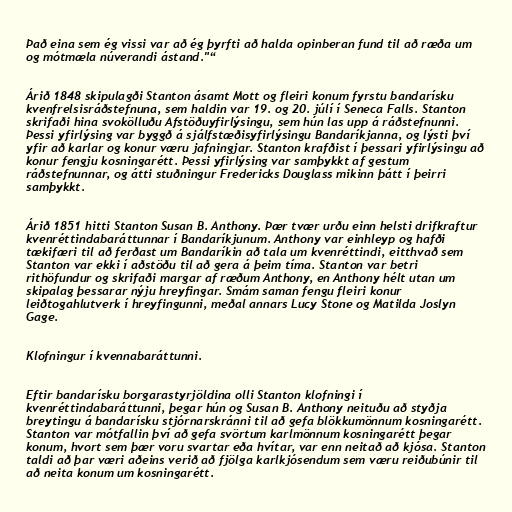
Það eina sem ég vissi var að ég þyrfti að halda opinberan fund til að ræða um
og mótmæla núverandi ástand."“

Árið 1848 skipulagði Stanton ásamt Mott og fleiri konum fyrstu bandarísku
kvenfrelsisráðstefnuna, sem haldin var 19. og 20. júlí í Seneca Falls. Stanton
skrifaði hina svokölluðu Afstöðuyfirlýsingu, sem hún las upp á ráðstefnunni.
Þessi yfirlýsing var byggð á sjálfstæðisyfirlýsingu Bandaríkjanna, og lýsti því
yfir að karlar og konur væru jafningjar. Stanton krafðist í þessari yfirlýsingu að
konur fengju kosningarétt. Þessi yfirlýsing var samþykkt af gestum
ráðstefnunnar, og átti stuðningur Fredericks Douglass mikinn þátt í þeirri
samþykkt.

Árið 1851 hitti Stanton Susan B. Anthony. Þær tvær urðu einn helsti drifkraftur
kvenréttindabaráttunnar í Bandaríkjunum. Anthony var einhleyp og hafði
tækifæri til að ferðast um Bandaríkin að tala um kvenréttindi, eitthvað sem
Stanton var ekki í aðstöðu til að gera á þeim tíma. Stanton var betri
rithöfundur og skrifaði margar af ræðum Anthony, en Anthony hélt utan um
skipalag þessarar nýju hreyfingar. Smám saman fengu fleiri konur
leiðtogahlutverk í hreyfingunni, meðal annars Lucy Stone og Matilda Joslyn
Gage.

Klofningur í kvennabaráttunni.

Eftir bandarísku borgarastyrjöldina olli Stanton klofningi í
kvenréttindabaráttunni, þegar hún og Susan B. Anthony neituðu að styðja
breytingu á bandarísku stjórnarskránni til að gefa blökkumönnum kosningarétt.
Stanton var mótfallin því að gefa svörtum karlmönnum kosningarétt þegar
konum, hvort sem þær voru svartar eða hvítar, var enn neitað að kjósa. Stanton
taldi að þar væri aðeins verið að fjölga karlkjósendum sem væru reiðubúnir til
að neita konum um kosningarétt.